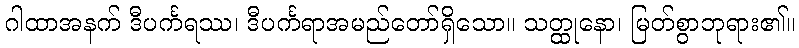
ဂါထာအနက် ဒီပင်္ကရဿ၊ ဒီပင်္ကရာအမည်တော်ရှိသော။ သတ္ထုနော၊ မြတ်စွာဘုရား၏။